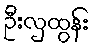
ဦးလှထွန်း